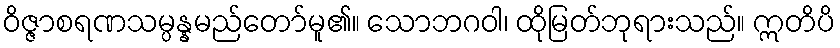
ဝိဇ္ဇာစရဏသမ္ပန္နမည်တော်မူ၏။ သောဘဂဝါ၊ ထိုမြတ်ဘုရားသည်။ ဣတိပိ